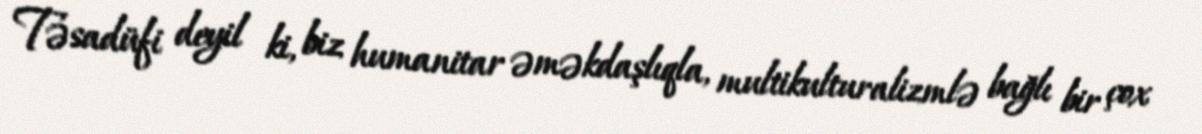
Təsadüfi deyil ki, biz humanitar əməkdaşlıqla, multikulturalizmlə bağlı bir çox